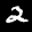
Label: 2